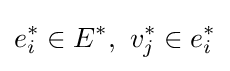
e_{i}^{*}\in E^{*},~v_{j}^{*}\in e_{i}^{*}